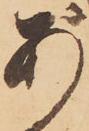
あ